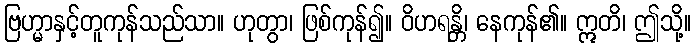
ဗြဟ္မာနှင့်တူကုန်သည်သာ။ ဟုတွာ၊ ဖြစ်ကုန်၍။ ဝိဟရန္တိ၊ နေကုန်၏။ ဣတိ၊ ဤသို့။